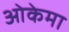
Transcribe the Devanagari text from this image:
ओकेमा